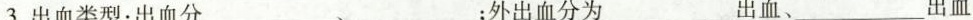
3.出血类型：出血分___、___；外出血分为___出血、___出血